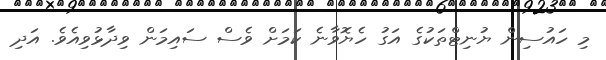
މި ހައުސިން ޔުނިޓްތަކުގެ އަގު ހެޔޮވާނެ ކަމަށް ވެސް ސައިމަން ވިދާޅުވިއެވެ. އަދި